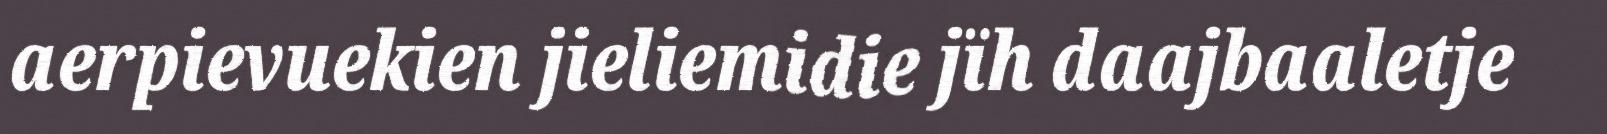
aerpievuekien jieliemidie jïh daajbaaletje